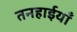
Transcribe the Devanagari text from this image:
तनहाईयाँ